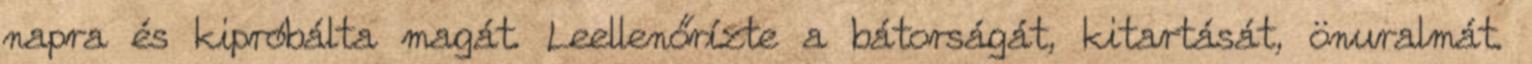
napra és kipróbálta magát. Leellenőrízte a bátorságát, kitartását, önuralmát.